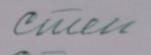
Signature authenticity: forged